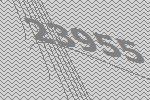
23955